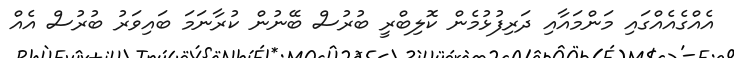
އެއްގެއެއްގައި މަންމައާއި ދަރިފުޅުމެން ކޮލިބްރީ ބުރުސް ބޭނުން ކުރާނަމަ ބައިވަރު ބުރުސް އެއް